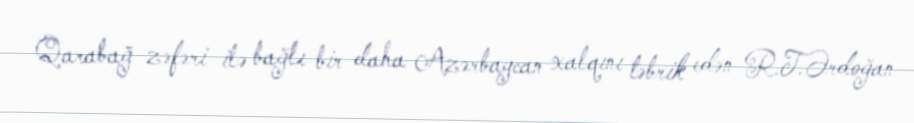
Qarabağ zəfəri ilə bağlı bir daha Azərbaycan xalqını təbrik edən R.T.Ərdoğan